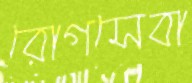
রোগসেবা